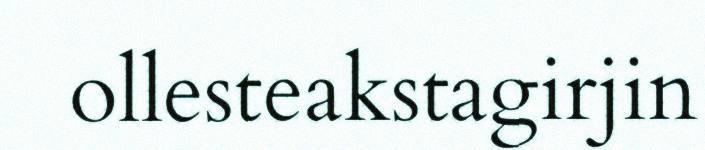
ollesteakstagirjin